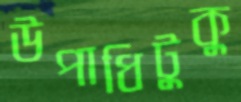
উপাধিটুকু